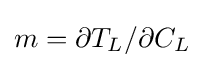
m=\partial T_{L}/\partial C_{L}